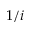
1 / i